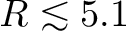
R \lesssim 5 . 1